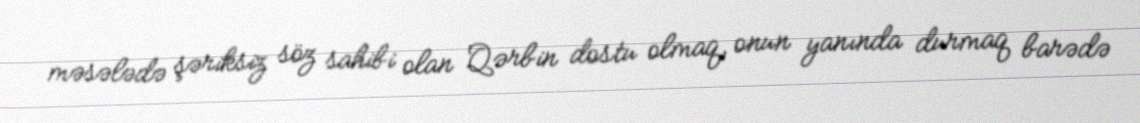
məsələdə şəriksiz söz sahibi olan Qərbin dostu olmaq, onun yanında durmaq barədə